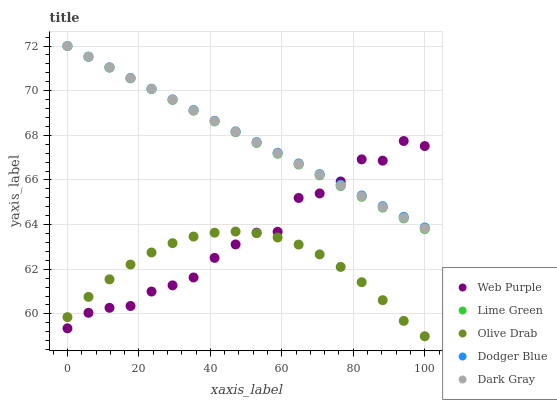
| xaxis_label | Web Purple | Lime Green | Olive Drab | Dodger Blue | Dark Gray |
 | --- | --- | --- | --- | --- | --- |
 | 0 | 59.4 | 72 | 59.9 | 72 | 72 |
 | 5.88 | 60 | 71.5 | 60.8 | 71.5 | 71.5 |
 | 11.8 | 60.3 | 71 | 61.5 | 71 | 71 |
 | 17.6 | 60.4 | 70.6 | 62.2 | 70.6 | 70.6 |
 | 23.5 | 61 | 70.1 | 62.8 | 70.1 | 70.1 |
 | 29.4 | 61.3 | 69.6 | 63.2 | 69.6 | 69.6 |
 | 35.3 | 61.6 | 69.1 | 63.5 | 69.1 | 69.1 |
 | 41.2 | 62.5 | 68.6 | 63.6 | 68.7 | 68.6 |
 | 47.1 | 63.1 | 68.1 | 63.7 | 68.2 | 68.2 |
 | 52.9 | 63.6 | 67.7 | 63.6 | 67.7 | 67.7 |
 | 58.8 | 63.7 | 67.2 | 63.4 | 67.2 | 67.2 |
 | 64.7 | 65.2 | 66.7 | 63.1 | 66.7 | 66.7 |
 | 70.6 | 65.4 | 66.2 | 62.7 | 66.3 | 66.2 |
 | 76.5 | 65.9 | 65.7 | 62.1 | 65.8 | 65.8 |
 | 82.4 | 66.9 | 65.2 | 61.4 | 65.3 | 65.3 |
 | 88.2 | 66.9 | 64.8 | 60.6 | 64.8 | 64.8 |
 | 94.1 | 67.7 | 64.3 | 59.7 | 64.3 | 64.3 |
 | 100 | 67.5 | 63.8 | 59 | 63.9 | 63.8 |